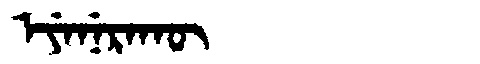
Manchu: ᡝᠶᡝᠨᡝᡵᠠᡴᡡ
Romanization: EYENERAKŪ